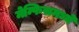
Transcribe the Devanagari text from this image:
मेम्फिसमध्ये